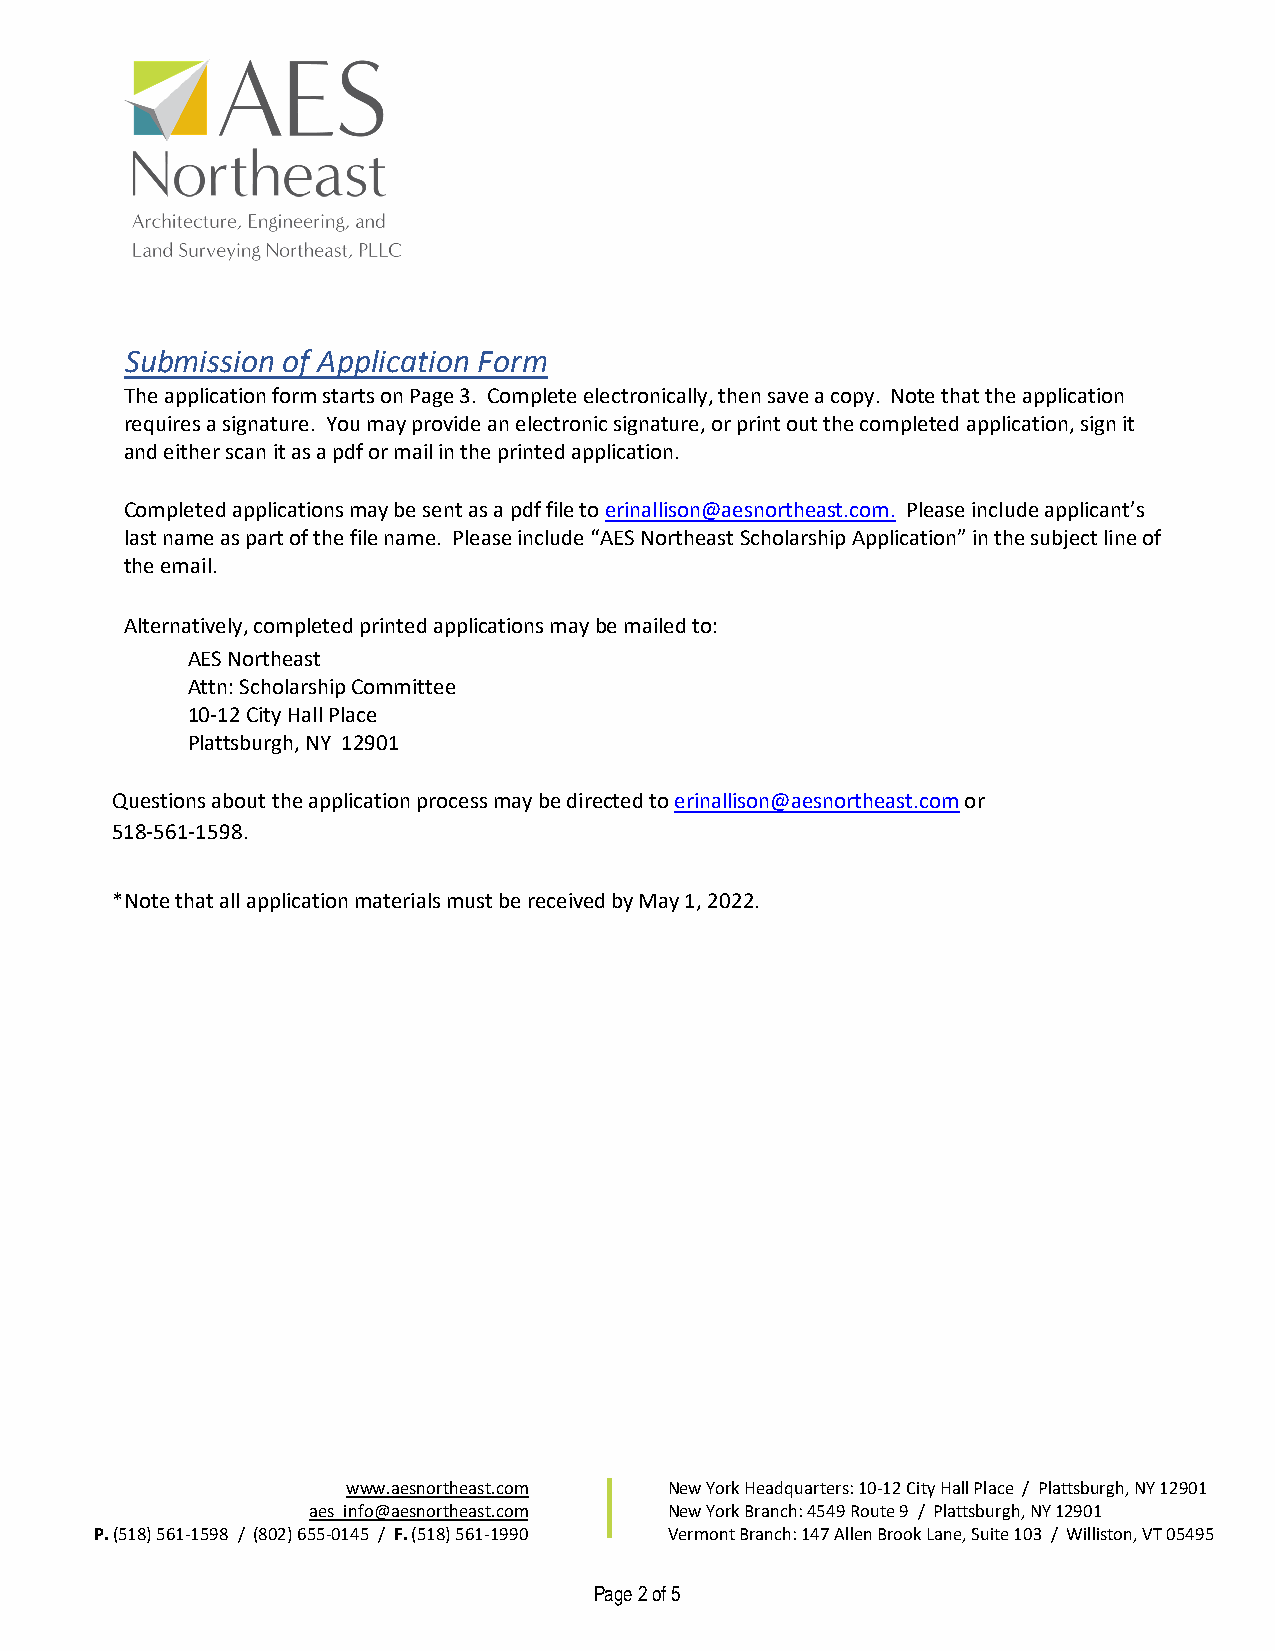
Submission of Application Form
 The application form starts on Page 3. Complete electronically, then save a copy. Note that the application
 requires a signature. You may provide an electronic signature, or print out the completed application, sign it
 and either scan it as a pdf or mail in the printed application.
 Completed applications may be sent as a pdf file to erinallison@aesnortheast.com. Please include applicant’s
 last name as part of the file name. Please include “AES Northeast Scholarship Application” in the subject line of
 the email.
 Alternatively, completed printed applications may be mailed to:
 AES Northeast
 Attn: Scholarship Committee
 10-12 City Hall Place
 Plattsburgh, NY 12901
 Questions about the application process may be directed to erinallison@aesnortheast.com or
 518-561-1598.
 *Note that all application materials must be received by May 1, 2022.
 www.aesnortheast.com New York Headquarters: 10-12 City Hall Place / Plattsburgh, NY 12901
 aes_info@aesnortheast.com New York Branch: 4549 Route 9 / Plattsburgh, NY 12901
 P.(518) 561-1598 / (802) 655-0145 / F. (518) 561-1990 Vermont Branch: 147 Allen Brook Lane, Suite 103 / Williston, VT 05495
 Page 2 of 5